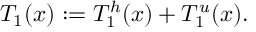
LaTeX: T _ { 1 } ( x ) : = T _ { 1 } ^ { h } ( x ) + T _ { 1 } ^ { u } ( x ) .